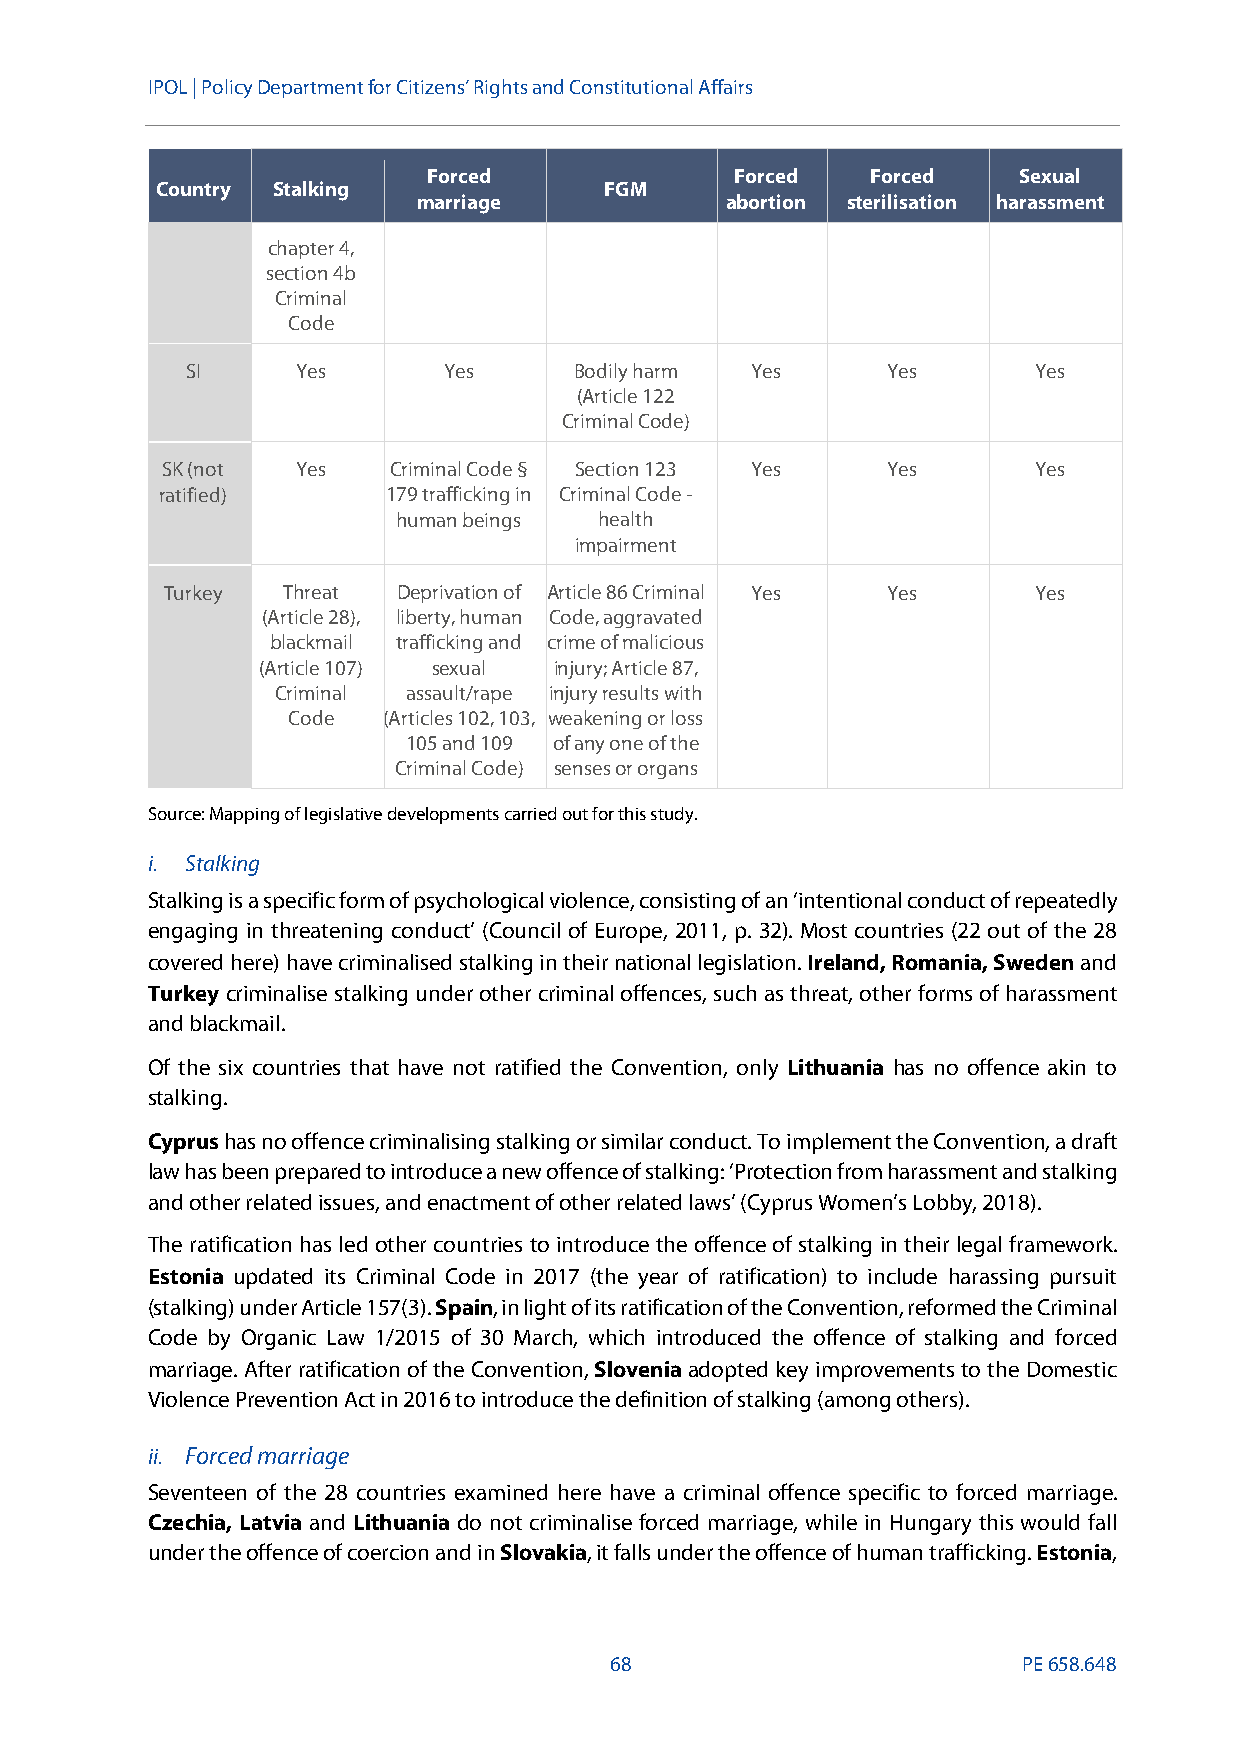
IPOL | Policy Departmentfor Citizens’ Rights and Constitutional Affairs
 Forced               Forced   Forced   Sexual
 Country Stalking              FGM
 marriage            abortion sterilisation harassment
 chapter 4,
 section 4b
 Criminal
 Code
 SI      Yes      Yes      Bodily harm Yes      Yes      Yes
 (Article 122
 Criminal Code)
 SK (not  Yes   Criminal Code § Section 123 Yes  Yes      Yes
 ratified)      179 trafficking in Criminal Code-
 human beings  health
 impairment
 Turkey  Threat Deprivation of Article 86 Criminal Yes Yes Yes
 (Article 28), liberty, human Code, aggravated
 blackmail trafficking and crime of malicious
 (Article 107) sexual injury; Article 87,
 Criminal assault/rape injury results with
 Code  (Articles 102, 103, weakening or loss
 105 and 109 of any one of the
 Criminal Code) senses or organs
 Source: Mapping of legislative developments carried out for this study.
 i. Stalking
 Stalking is a specific form of psychological violence, consisting of an ‘intentional conduct of repeatedly
 engaging in threatening conduct’ (Council of Europe, 2011, p. 32). Most countries (22 out of the 28
 covered here) have criminalised stalking in theirnational legislation.Ireland, Romania, Swedenand
 Turkey criminalise stalking under other criminal offences, such as threat, other forms of harassment
 and blackmail.
 Of the six countries that have not ratified the Convention, only Lithuania has no offence akin to
 stalking.
 Cyprushas no offence criminalising stalking or similar conduct. To implement the Convention, a draft
 law has been prepared to introduce a new offence of stalking: ‘Protection from harassment and stalking
 and other related issues, and enactment of other related laws’ (Cyprus Women’s Lobby, 2018).
 The ratification has led other countries to introduce the offence of stalking in their legal framework.
 Estonia updated its Criminal Code in 2017 (the year of ratification) to include harassing pursuit
 (stalking) underArticle 157(3).Spain, in light of its ratification of the Convention, reformed the Criminal
 Code by Organic Law 1/2015 of 30 March, which introduced the offence of stalking and forced
 marriage. After ratification of the Convention,Sloveniaadopted key improvements to the Domestic
 Violence Prevention Act in 2016 to introduce the definition of stalking (among others).
 ii. Forced marriage
 Seventeen of the 28 countries examined here have a criminal offence specific to forced marriage.
 Czechia, Latvia and Lithuania do not criminalise forced marriage, while in Hungary this would fall
 under the offence of coercion and inSlovakia, it falls under the offence of human trafficking.Estonia,
 68                          PE658.648